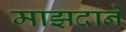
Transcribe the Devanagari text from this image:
माझदाने